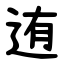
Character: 迶